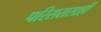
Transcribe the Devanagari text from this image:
परिसरासाही